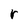
Character: r